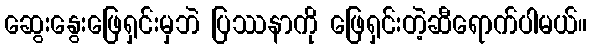
ဆွေးနွေးဖြေရှင်းမှဘဲ ပြဿနာကို ဖြေရှင်းတဲ့ဆီရောက်ပါမယ်။